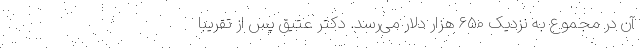
آن در مجموع به نزدیک ۶۵۰ هزار دلار می‌رسد. دکتر عتیق پس از تقریباً